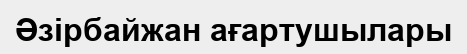
Әзірбайжан ағартушылары